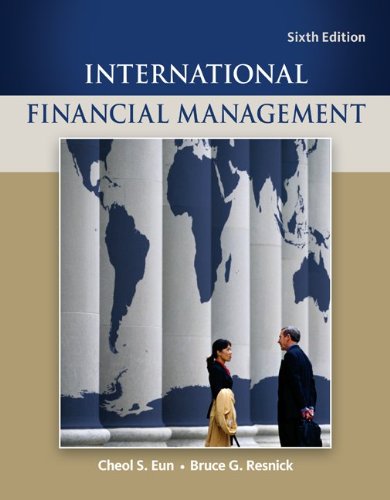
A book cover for International Financial Management (Mcgraw-Hill/Irwin Series in Finance, Insurance, and Real Estate); Cheol Eun; Business & Money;